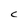
Character: C